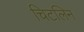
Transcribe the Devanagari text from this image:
चिटलिन